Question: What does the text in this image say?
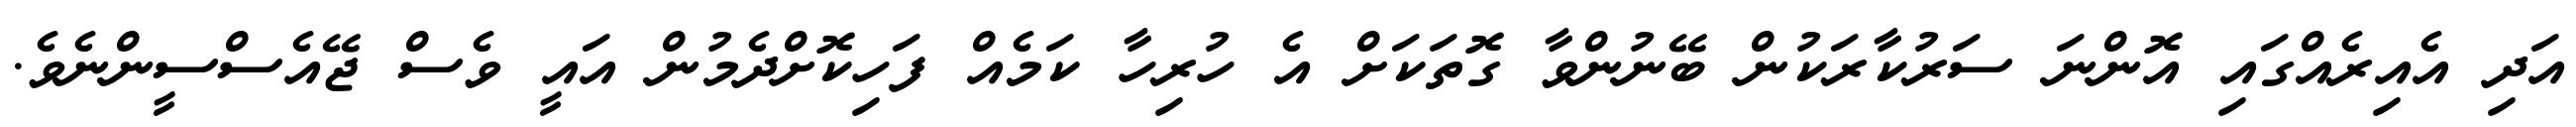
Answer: އަދި އެއިރެއްގައި އޮންނަ ސަރުކާރަކުން ބޭނުންވާ ގޮތަކަށް އެ ހުރިހާ ކަމެއް ފަހިކޮށްދެމުން އައީ ވެސް ޖޭއެސްސީންނެވެ.